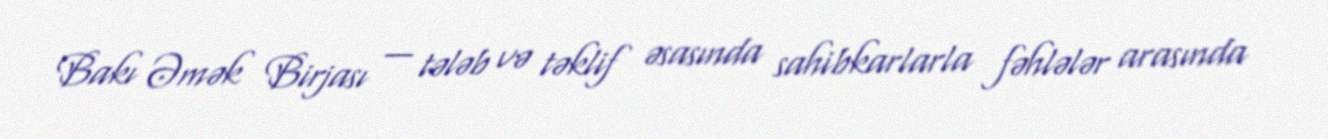
Bakı Əmək Birjası — tələb və təklif əsasında sahibkarlarla fəhlələr arasında